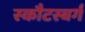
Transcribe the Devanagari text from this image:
स्कौटस्बर्ग